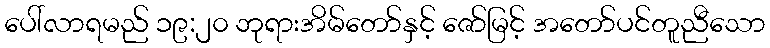
ပေါ်လာရမည် ၁၉:၂၀ ဘုရားအိမ်တော်နှင့် ဇော်မြင့် အတော်ပင်တူညီသော